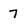
Character: 7